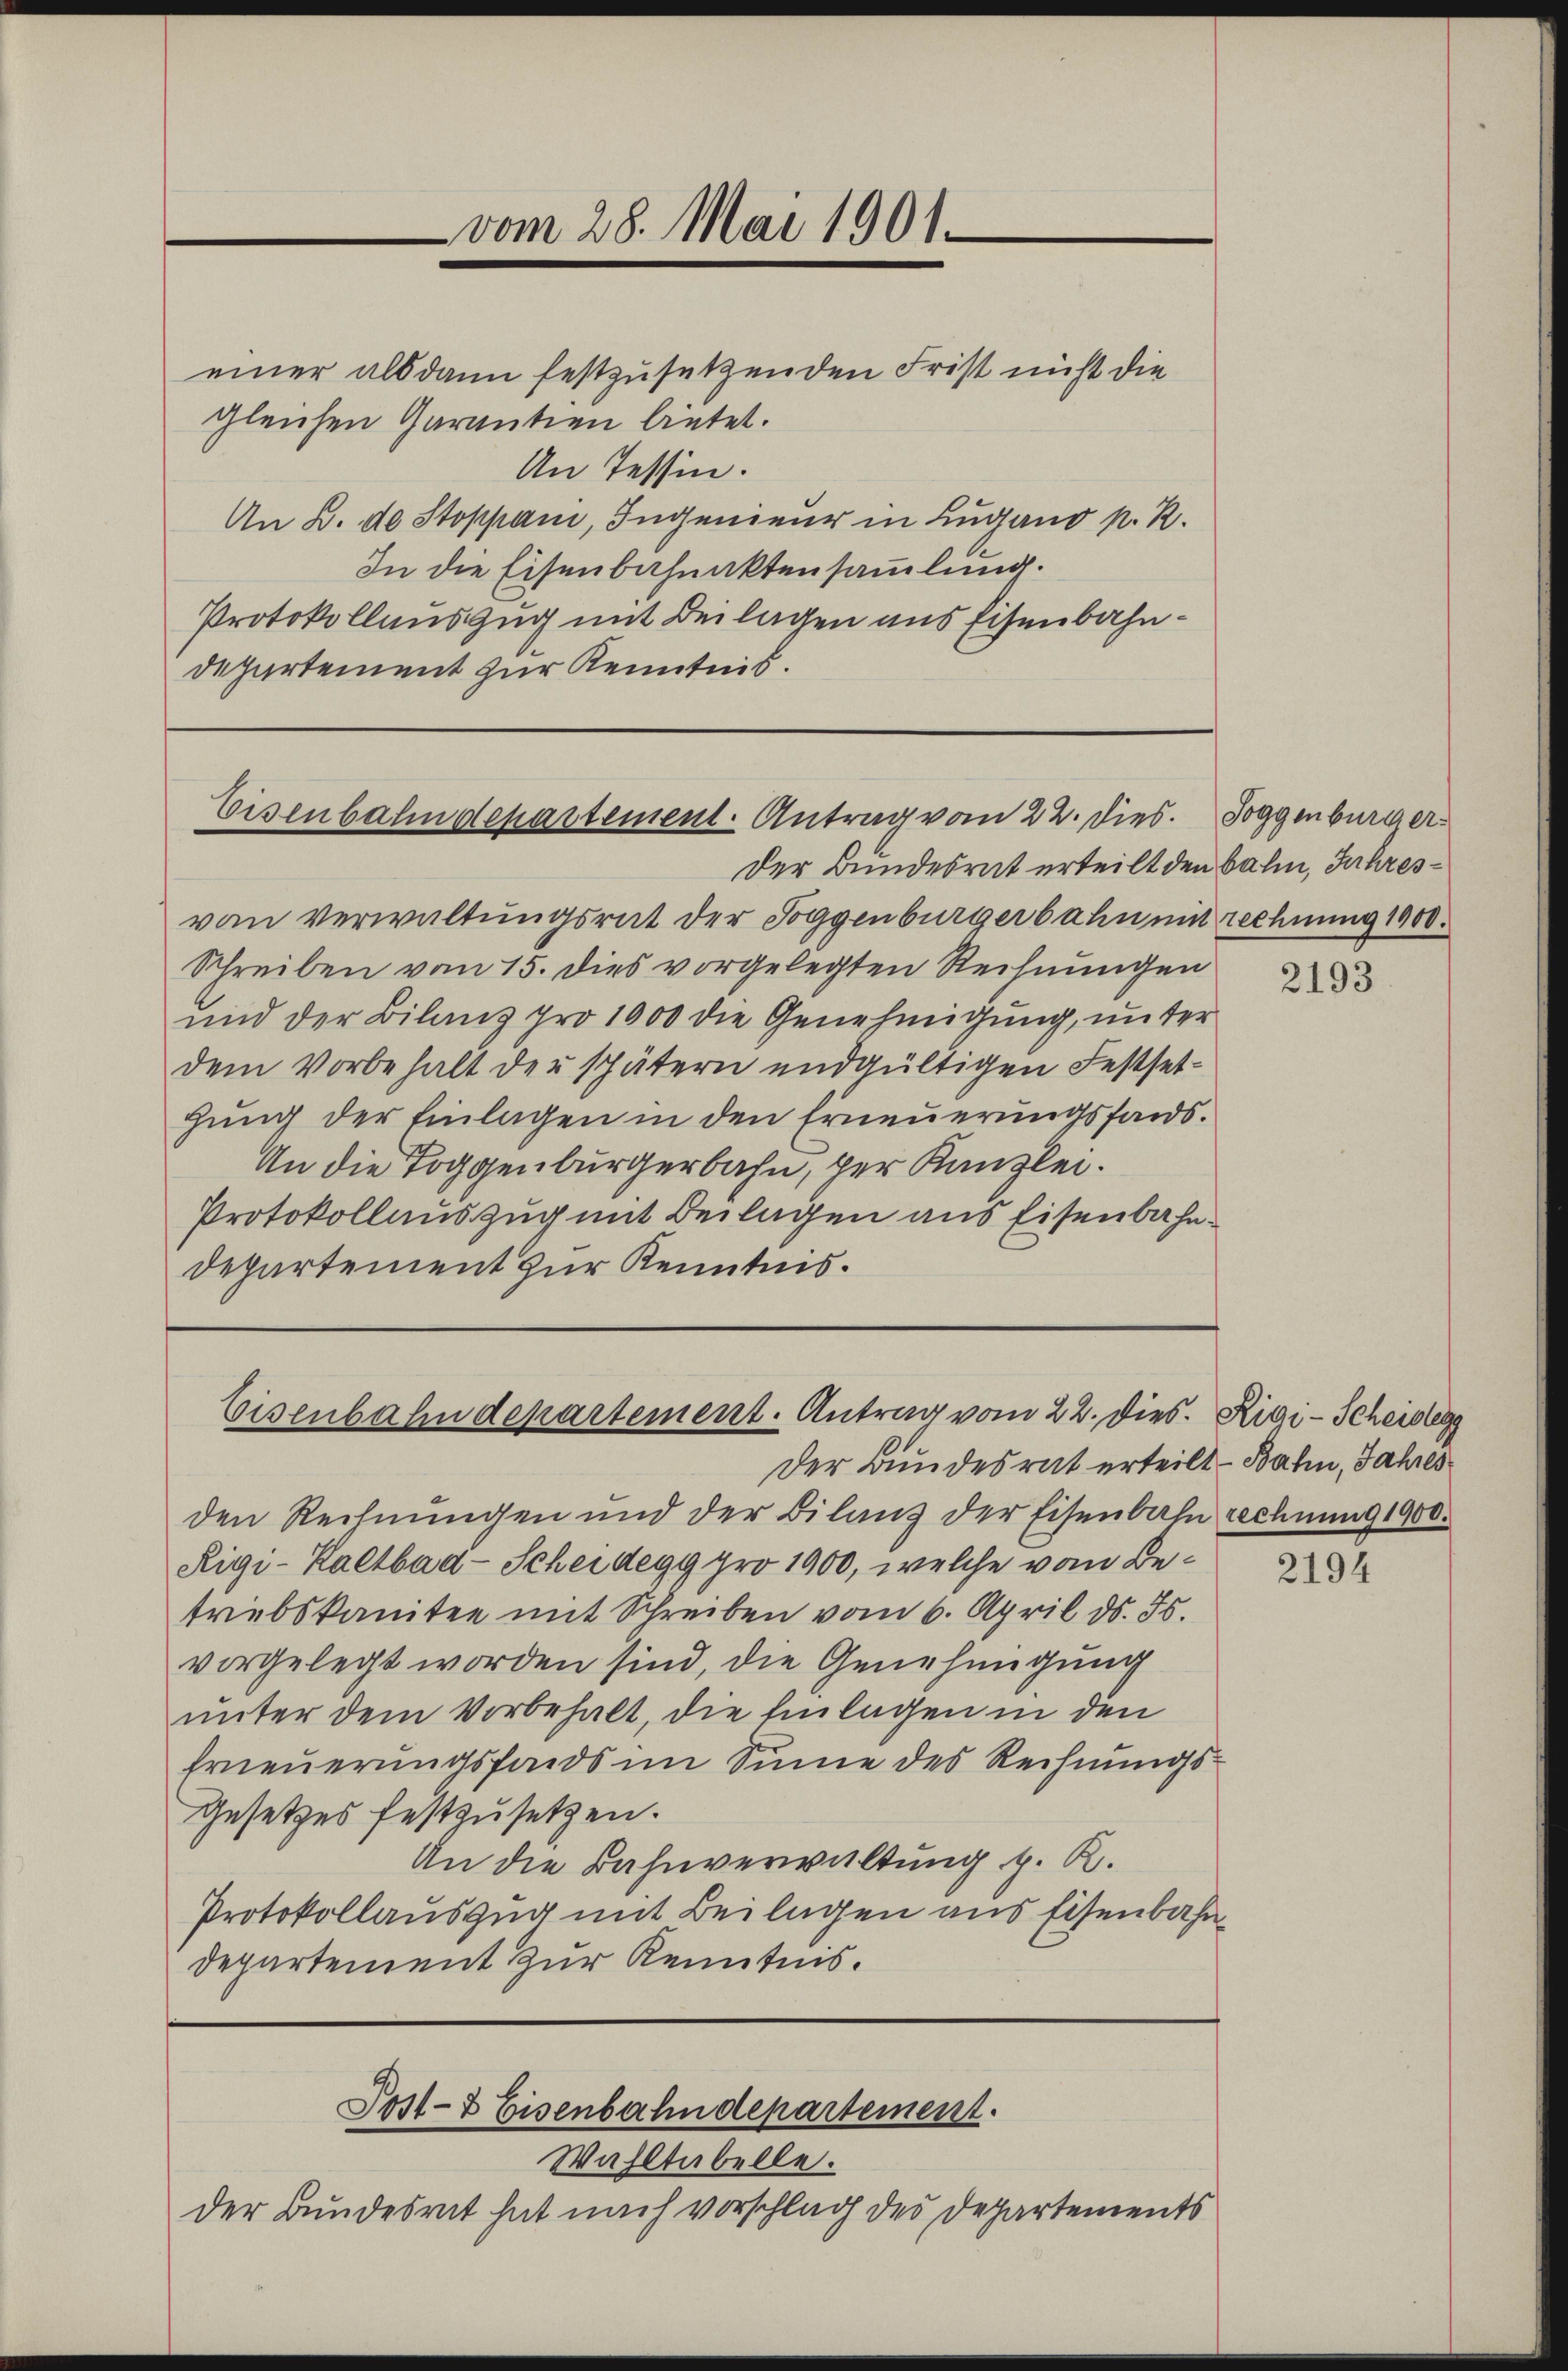
vom 28. Mai 1901.

einer alsdann festzusetzenden Frist nicht die
gleichen Garantien bietet.
An Tessin.
An B. de Stoppan, Ingenieur in Lugano p. R.
In die Eisenbahnaktensammlung.
Protokollauszug mit Beilagen aus Eisenbahndepartement zur Kenntnis.

Eisenbahndepartement. Antrag vom 22. Dies

Eisenbahndepartement. Antrag vom 22. dies. Rigi-Scheiden

Der Bundesrat erteilt den Bahn, Jahresvon Verwaltungsrat der Toggenbürgerbahn mit rechnung 1900.
Schreiben vom 15. dies vorgelegten Rechnungen
und der Bilanz pro 1000 die Genehmigung, unter
dem Vorbehalt der spätern endgültigen Festsethung der Einlagen in den Erneuerungsfands-
An die Toggenburgerbahn, per Kanzlei.
Protokollauszug mit Beilagen aus Eisenbahn¬
Departement zur Kenntnis.

Wahltabelle.
der Bundesrat hat nach vorschlag der Departements

Post- & Eisenbahndepartement.

Soggenburger

Der Bundesrat erteilt – Bahn, Jahres
den Rechnŭngen und der Bilanz der Eisenbahn rechnung 1900.
Rigi-Kaltbad-Scheidegg pro 1900, welche vom Betriebskanitee mit Schreiben vom 6. April ds. 35.
vorgelegt worden sind, die Genehmigung
unter dem Vorbehalt, die Einlagen in den
Erneŭerŭngsfonds im Sinne des Rechnungs-
Gesetzes festzusetzen.
An die Bahnverwaltung d. R.
Protokollauszug mit Beilagen aus Eisenbahn¬
Departement zur Kenntnis.

2193

2194